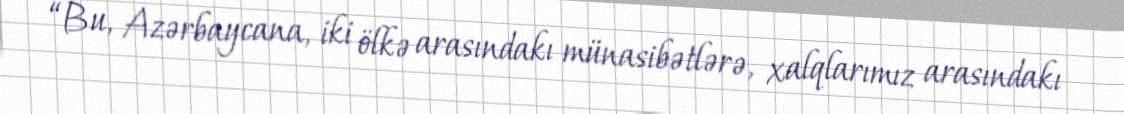
“Bu, Azərbaycana, iki ölkə arasındakı münasibətlərə, xalqlarımız arasındakı